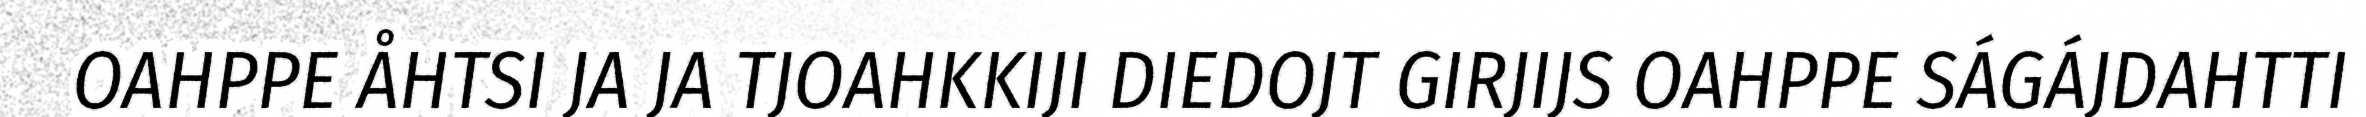
OAHPPE ÅHTSI JA JA TJOAHKKIJI DIEDOJT GIRJIJS OAHPPE SÁGÁJDAHTTI